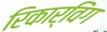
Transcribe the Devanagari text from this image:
रिकार्विंग